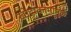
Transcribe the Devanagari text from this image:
खोदाकामांमुळे